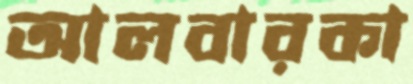
আলবারকা